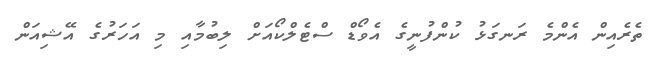
ތެރެއިން އެންމެ ރަނގަޅު ކުންފުނީގެ އެވޯޑް ސްޓެލްކޯއަށް ލިބުމާއި މި އަހަރުގެ އޭޝިއަން